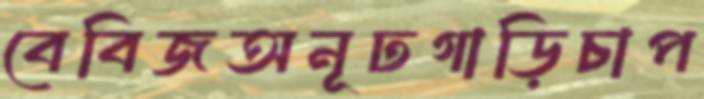
বেবিজঅনূঢগাড়িচাপ